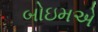
બોઇમએ